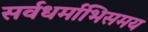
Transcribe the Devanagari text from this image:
सर्वधर्माभिसमय